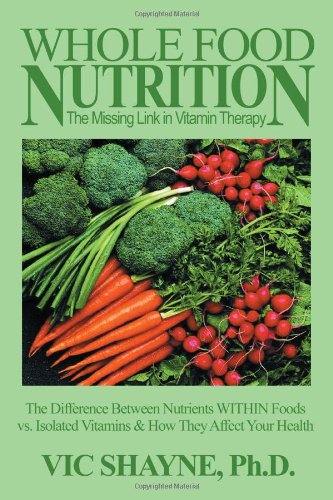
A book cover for Whole Food Nutrition: The Missing Link in Vitamin Therapy: The Difference Between Nutrients WITHIN Foods vs. Isolated Vitamins & how they affect your health; Vic Shayne Ph.D.; Cookbooks, Food & Wine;